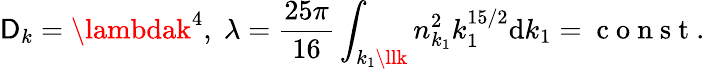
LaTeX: \mathsf{D}_{k}=\lambdak^{4},\; \lambda=\frac{{25\pi}}{{16}}\int_{k_{1}\llk}n_{k_{1}}^{2}k_{1}^{15/2}\mathrm{d}k_{1}=\mathrm{{~c~o~n~s~t~}}.